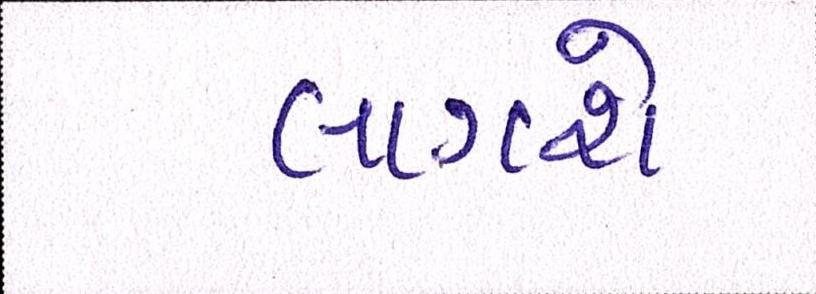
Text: લાગશે